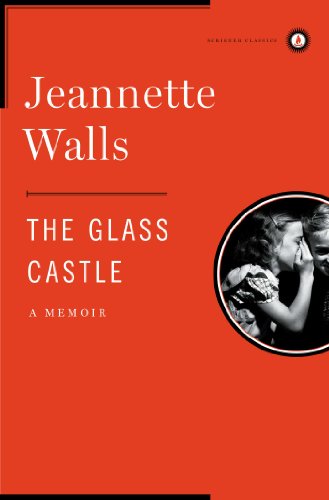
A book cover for The Glass Castle: A Memoir; Jeannette Walls; Biographies & Memoirs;